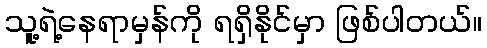
သူ့ရဲ့နေရာမှန်ကို ရရှိနိုင်မှာ ဖြစ်ပါတယ်။